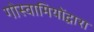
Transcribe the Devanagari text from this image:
गोस्वामियोंद्वारा